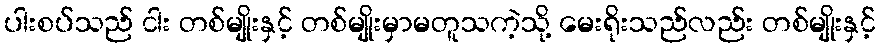
ပါးစပ်သည် ငါး တစ်မျိုးနှင့် တစ်မျိုးမှာမတူသကဲ့သို့ မေးရိုးသည်လည်း တစ်မျိုးနှင့်